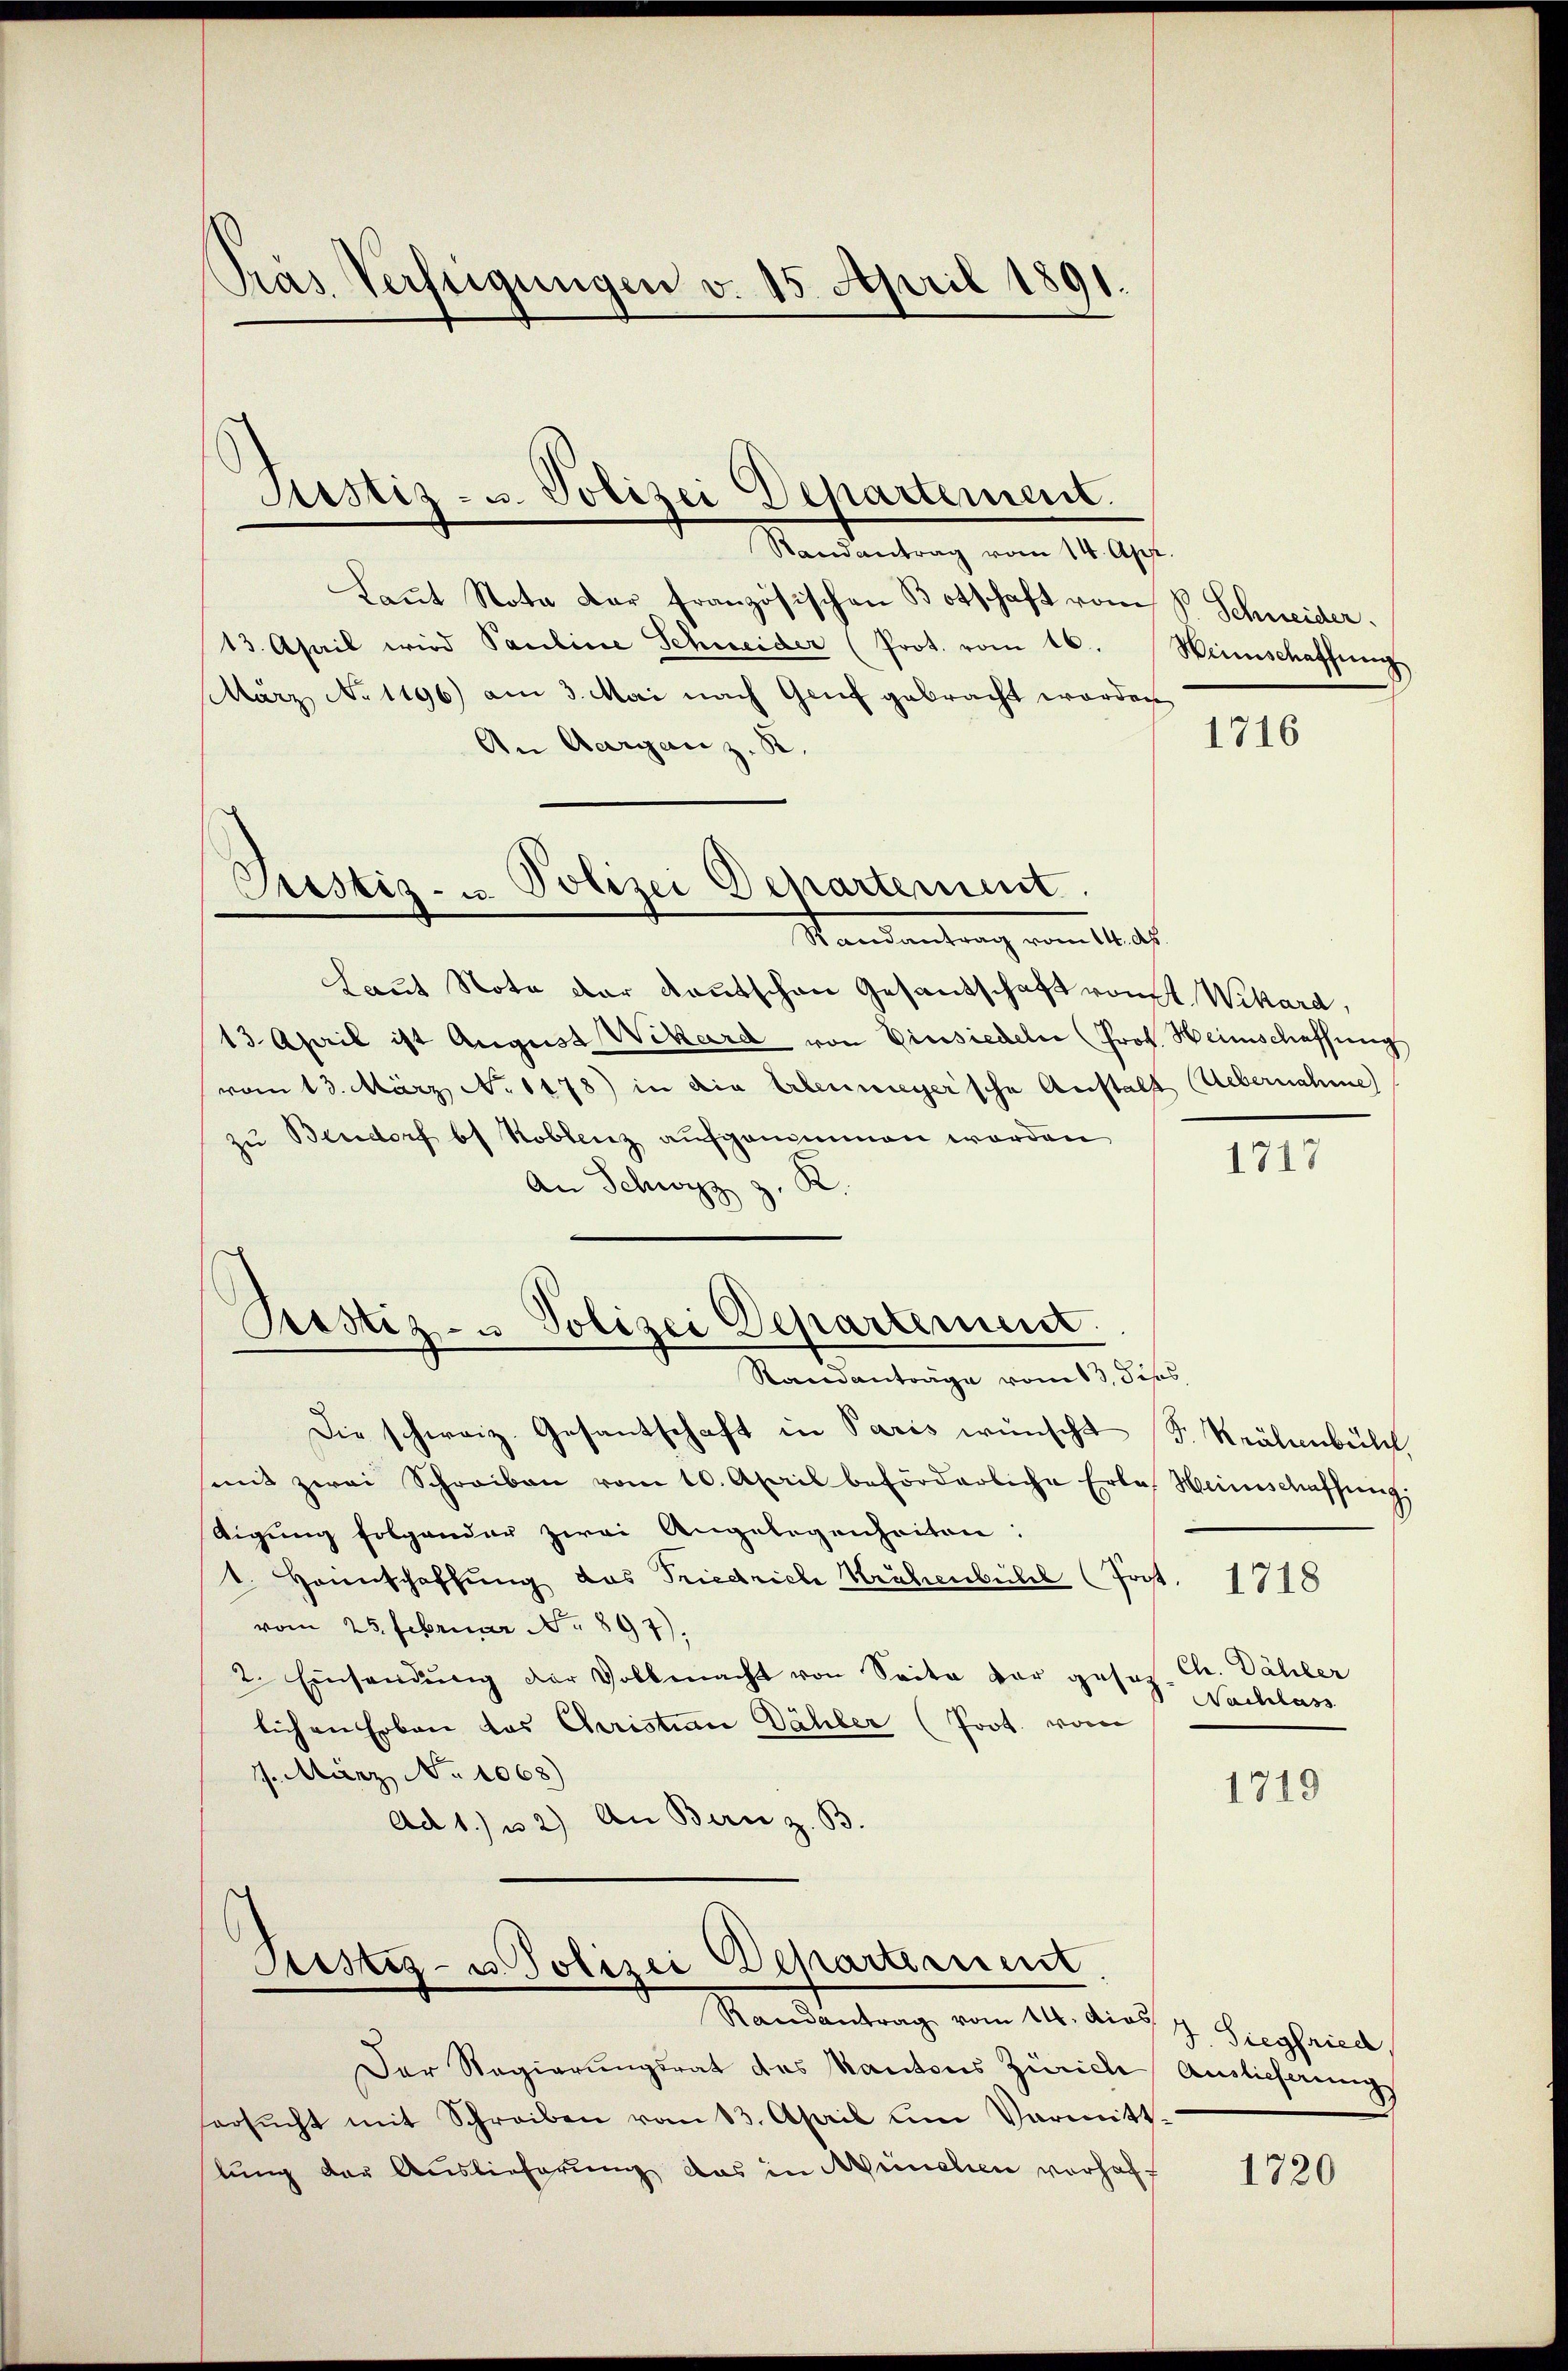
Pras Verfeigungen v. 15. April 1891.

Justiz- u. Polizei Departement.

Justiz- u. Polizei Departement.
Randantrag vom 14. Ap

Randantrag vom 14. Apr.
kaṅt Nota dar französischen Botschaft vom V. Schneider.
13. April wird Pauline Schweider (Prot. vom 16. Weinschaffung
März No 1196) am 3. Mai nach Genf gebracht worden
An Aargau z. B.
Laut Note der kanntschen Gesandschaft vonst. Wikard,
13. April ist August Wikard von Einsiedeln (Prok. Heimschaffung
vom 13. März No. 1178) in die Erlenniger’sche Anstalt Uebernahme)
zu Bendorf bt Koblenz aufgenommen worden
1717
R.
An Schwyz 3.
Pestiz- u Polizei Departement.
Randanträge vom 13. Jehs,
Die schweiz. Gesantschaft in Paris wünscht (F. Krähenbühl,
mit zwei Schreiben vom 10. April beförderliche Erla Weinschaffŭng,
tigung folgender zwei Angelegenheiten:
1. Heimschaffung das Friedriche Krähenbühl (Post. 1718
vom 25. Februar No 897).
2. Einsamung der Vollmacht von Seite vor geses Chr. Dähler
Nachlass
lichen Erben das Christian Dähler (Prot. vom
17. März No 1068)
1719
Ad 1) u. 2) An Bern z. B.

Ristiz- u. Polizei Departement

Randantrag vom 14. die 7. Siegfried
Der Regierungsrat des Kantons Zürich Auslichung
ersŭcht mit Schreiben vom 13. April um Vormitt
lung der Auslieferung das in München vorhaft

1716

1720